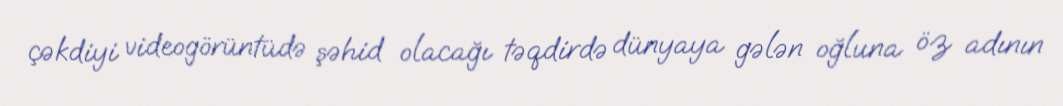
çəkdiyi videogörüntüdə şəhid olacağı təqdirdə dünyaya gələn oğluna öz adının